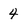
Character: 4